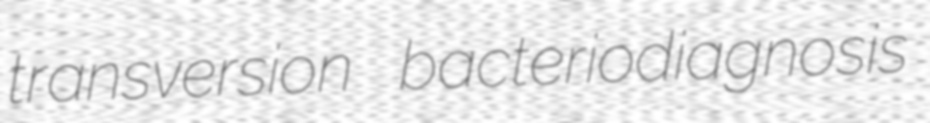
transversion bacteriodiagnosis